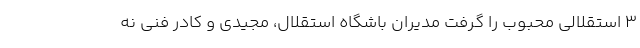
3 استقلالی محبوب را گرفت مدیران باشگاه استقلال، مجیدی و کادر فنی نه